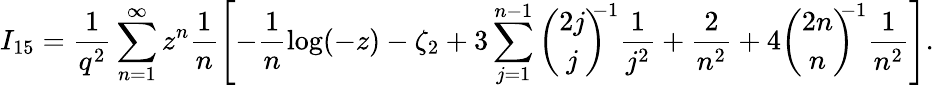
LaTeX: I_{15}=\frac{1}{q^{2}}\sum_{n=1}^{\infty}z^{n}\frac{1}{n}\Biggl[-\frac{1}{n}\log(-z)-\zeta_{2}+3\sum_{j=1}^{n-1}{\binom{2j}{j}}^{\! \! \! -1}\frac{1}{j^{2}}+\frac{2}{n^{2}}+4{\binom{2n}{n}}^{\! \! \! -1}\frac{1}{n^{2}}\Biggr].